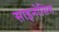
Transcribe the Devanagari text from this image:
साइनोसिस